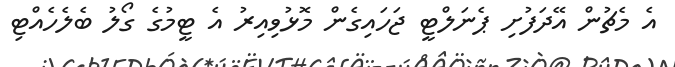
އެ މެޗުން އޭދަފުށި ޕެނަލްޓީ ޖަހައިގެން މޮޅުވިއިރު އެ ޓީމުގެ ގޯލު ބެލެހެއްޓި